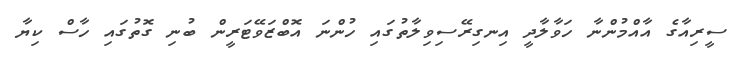
ސީރިއާގެ އާއްމުންނާ ހަވާލާދީ އިނގިރޭސިވިލާތުގައި ހުންނަ އޮބްޒަވޭޓަރީން ބުނި ގޮތުގައި ހާސް ކިޔާ